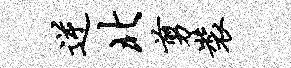
逆北剪装